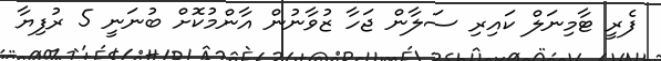
ފެރީ ޓާމިނަލް ކައިރި ސަލާން ޖަހާ ޒުވާނުން އާންމުކޮށް ބުނަނީ 5 ރުފިޔާ